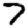
Digit: 7